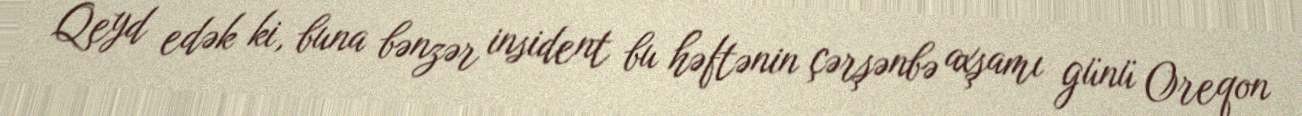
Qeyd edək ki, buna bənzər insident bu həftənin çərşənbə axşamı günü Oreqon